Leaving Certificate Examination, 1913
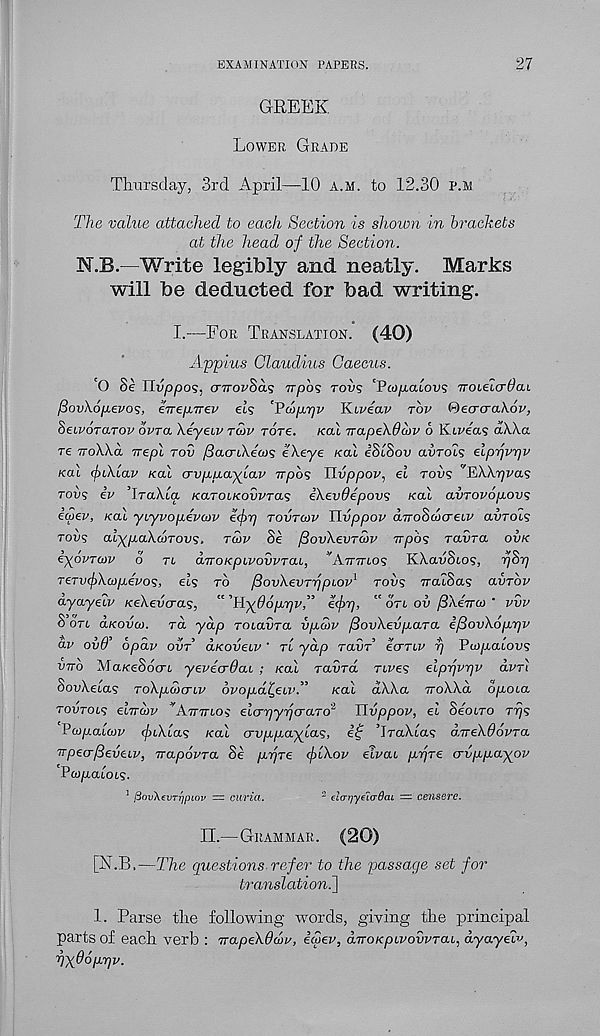
EXAMINATION PAPERS.
27
GREEK
LOWER GRADE
Thursday, 3rd April—10 A.M. to 12.30 P.M
The value attached to each Section is shown in brackets
at the head of the Section.
N.B.—Write legibly and neatly. Marks
will be deducted for bad writing.
I.—FOR TRANSLATION.
(40)
Appius Claudius Caecus.
'O Se Ilvyopos, crTroi'Sds Trpos rot? 'Pcc>p,a,Lot>s TrcueicrOaL
flovhofievos, eTrepirev els ‘Vcoprjv Kiveav TOP (r)eacra\6p,
SeieoTccrop OPTO. Xeyeip rdiv Tore, /cat Trape\6a>v 6 Ktpeas dXka
re irokKa nepl TOV /SacrtXeoJS ekeye KO1 iSlSov avrois elprjvpv
/cat (fiiAlav /cat o-vp.jjiaylav Trpo? Hvppov, el rovs 'JhWrjvas
TOVS ip ’IraXta KCLToLKOVPTOLS iXevOepovs /cat avropop-ovs
iu>ev, /cat yiyvop.epu>v e<f>p TOVTMP Tlvppov aTroBcoo-eiP adrots
TOV? alypaXcorovs, TCOP Se fiouXevrcop irpb<; TO-VTCL OVK
iyOVTUIP O TL CLTTOKpiPOVPTCLL, ’'Amuo'; KXauSt09, pSp
TeTV(f)Xc!)p.epo<;, els TO jdovXevTrjpiop 1 TOVS TratSas avTOP
ayayeip KeXevcras, " 'H^Oopipp,” e(f>p, " drt ov fiXeirco ‘ PVP
S ort d/codw. rd yap rotadra vpdip fiovXevpaTa efiovXoppv
a.p ovO' opap OVT ahcoveiP' rt yap TavT ecrTLP p Pa/p-atou?
VTTO Ata/ceSdcrt yepecrdai ; /cat radrct Ttves elppppp dpA
SotAetas ToXp.axri.p opop.di^ei.i’.”
/cat dXXa iroXXa op-oca
TOVTOLS elTTcop Ainrios elcrpypcraTO 2 Uvppop, el Seotro Tps
Peipauop (j^iXlas /cat crvp.p.aylas, i<f ’IraXta? direXOapTa.
Trpecrfieveiv, irapoPTa Se ppTe (flXop etpai ur/T£ crvppayop
Pa/jttaiots.
1 fiovXevrrjpiov — curia.
2 elcrtjye'io'daL = censere.
II.—GRAMMAR. (20)
[N.B,—The questions refer to the passage set for
translation^]
1. Parse the following words, giving the principal
parts of each verb : TrapeXOdv, ewer, dnoxpivovPTai, dyayelv,
pyOoppp.